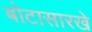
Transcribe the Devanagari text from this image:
बोटासारखे